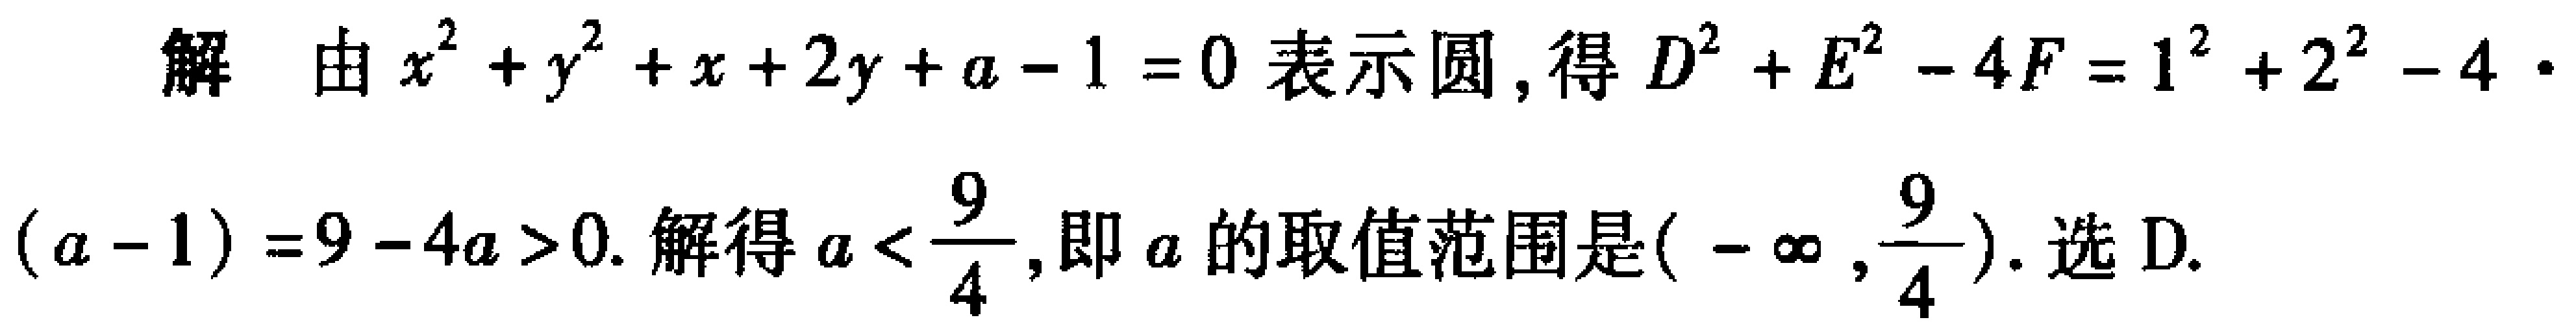
解 由\(x^{2}+y^{2}+x + 2y + a - 1 = 0\)表示圆，得\(D^{2}+E^{2}-4F=1^{2}+2^{2}-4\cdot(a - 1)=9 - 4a>0\). 解得\(a<\dfrac{9}{4}\)，即\(a\)的取值范围是\((-\infty,\dfrac{9}{4})\). 选D.